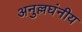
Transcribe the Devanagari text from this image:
अनुल्लघंनीय